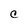
Character: C